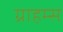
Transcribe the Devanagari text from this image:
ग्राहम्स